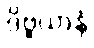
ဒိဗ္ဗယာနံ